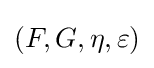
(F,G,\eta ,\varepsilon )